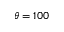
\theta = 1 0 0